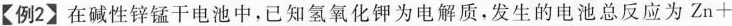
【例2】在碱性锌锰干电池中，已知氢氧化钾为电解质，发生的电池总反应为$$Z n + 2 M n O _ { 2 } + 2 H _ { 2 } O \xlongequal [ ] { } 2 M n O O H + Z n ( O H ) _ { 2 }$$。关于该电池的电极反应式正确的是